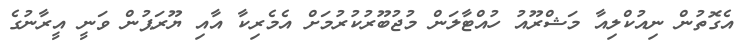
އެގޮތުން ނިއުކްލިއާ މަޝްރޫއު ހުއްޓާލަން މުޖުބޫރުކުރުމަށް އެމެރިކާ އާއި ޔޫރަޕުން ވަނީ އީރާނުގެ